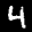
Label: 4